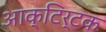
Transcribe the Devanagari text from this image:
आक्टिर्टक